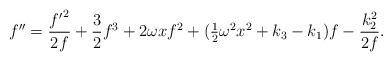
LaTeX: \begin{align*}f^{\prime\prime}={{f^\prime}^2\over 2f}+{3\over2}f^3+2\omega x f^2+(\mbox{$\frac{1}{2}$}\omega^2 x^2+k_3-k_1)f - {k_2^2\over 2f}.\end{align*}